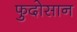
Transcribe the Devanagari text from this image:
फुदोसान